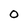
Character: O